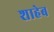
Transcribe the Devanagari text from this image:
शाहेब